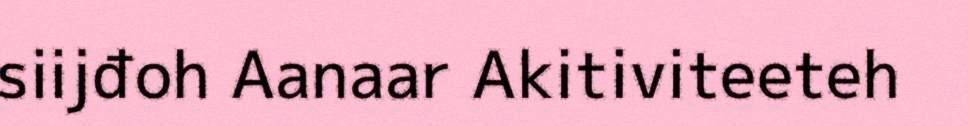
siijđoh Aanaar Akitiviteeteh